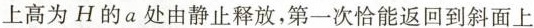
上高为H的a处由静止释放，第一次恰能返回到斜面上